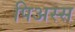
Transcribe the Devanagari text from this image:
पिअस्स